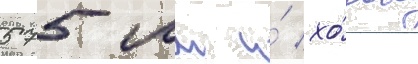
575 мм и́ хо́дом